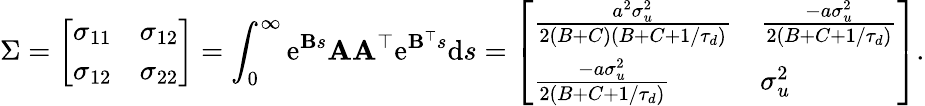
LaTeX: \Sigma=\left[\begin{array}{ll}{\sigma_{11}}&{\sigma_{12}}\\ {\sigma_{12}}&{\sigma_{22}}\end{array}\right]=\int_{0}^{\infty}\mathrm{e}^{\mathbf{{B}}s}\mathbf{{A}}\mathbf{{A}}^{\top}\mathrm{e}^{\mathbf{{B}}^{\top}s}\mathrm{{d}}s=\left[\begin{array}{ll}{\frac{a^{2}\sigma_{u}^{2}}{2(B+C)(B+C+1/\tau_{d})}}&{\frac{-a\sigma_{u}^{2}}{2(B+C+1/\tau_{d})}}\\ {\frac{-a\sigma_{u}^{2}}{2(B+C+1/\tau_{d})}}&{\sigma_{u}^{2}}\end{array}\right].